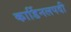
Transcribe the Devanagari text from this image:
कार्डिनलपदी